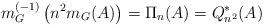
LaTeX: \begin{align*}m_G^{(-1)}\left(n^2m_G(A)\right)=\Pi_n(A)=Q^{*}_{n^2}(A)\end{align*}